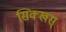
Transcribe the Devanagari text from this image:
सिक्खस्